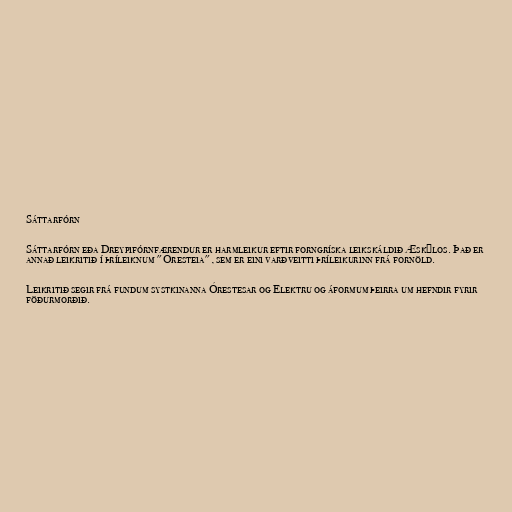
Sáttarfórn

Sáttarfórn eða Dreypifórnfærendur er harmleikur eftir forngríska leikskáldið Æskýlos. Það er
annað leikritið í þríleiknum "Óresteia", sem er eini varðveitti þríleikurinn frá fornöld.

Leikritið segir frá fundum systkinanna Órestesar og Elektru og áformum þeirra um hefndir fyrir
föðurmorðið.